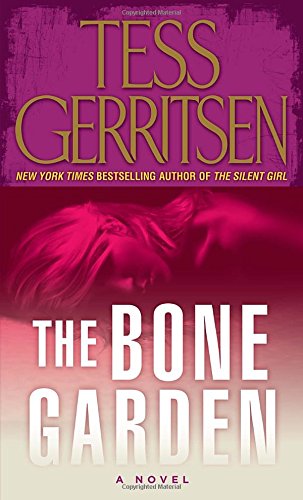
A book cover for The Bone Garden: A Novel; Tess Gerritsen; Religion & Spirituality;